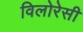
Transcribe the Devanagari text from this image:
विलोरेसी